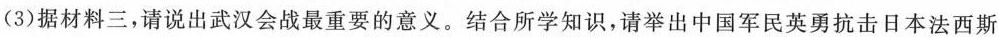
(3)据材料三，请说出武汉会战最重要的意义。结合所学知识，请举出中国军民英勇抗击日本法西斯